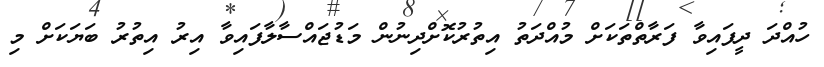
ހުއްދަ ދީފައިވާ ފަރާތްތަކަށް މުއްދަތު އިތުރުކޮށްދިނުން މަޑުޖައްސާލާފައިވާ އިރު އިތުރު ބަޔަކަށް މި